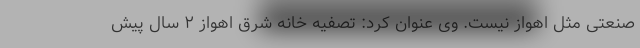
صنعتی مثل اهواز نیست. وی عنوان کرد: تصفیه خانه شرق اهواز ۲ سال پیش